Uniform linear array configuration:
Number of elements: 16
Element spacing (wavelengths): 0.25
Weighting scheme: uniform
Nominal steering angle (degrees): -45
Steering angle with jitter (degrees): -43.764
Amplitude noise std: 0.05
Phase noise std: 0.05

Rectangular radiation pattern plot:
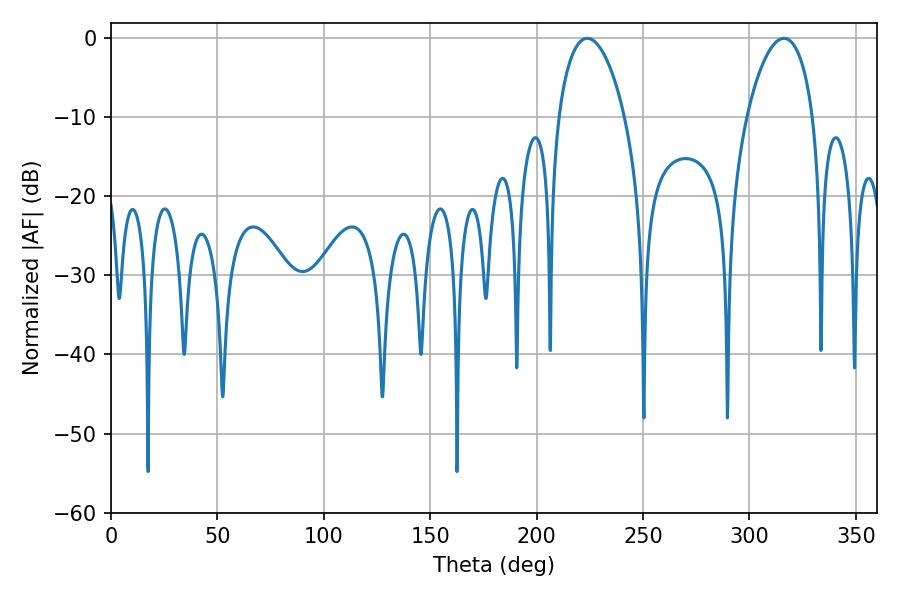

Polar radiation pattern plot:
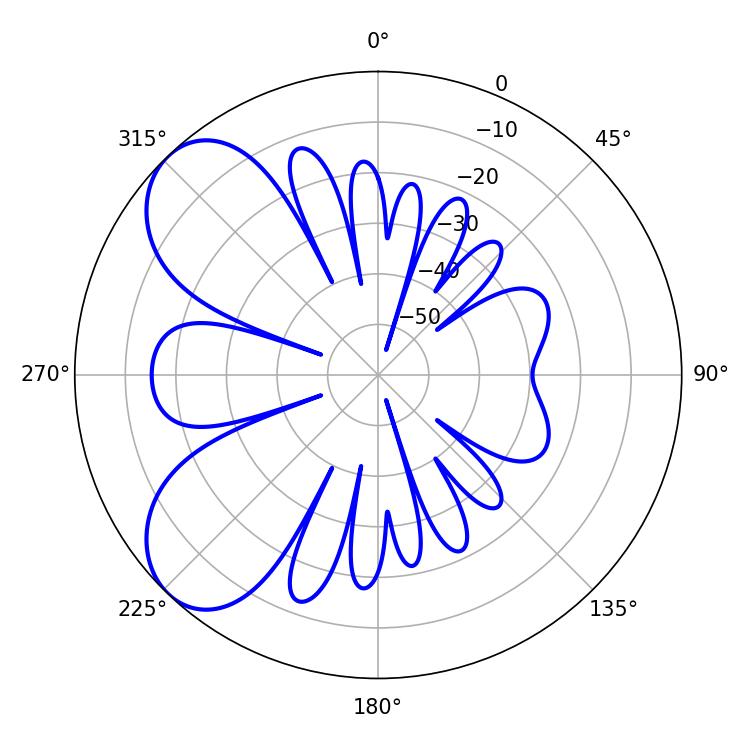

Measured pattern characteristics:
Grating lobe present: FALSE
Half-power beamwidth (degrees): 17.64
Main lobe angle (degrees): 223.74